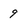
Character: 9